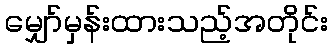
မျှော်မှန်းထားသည့်အတိုင်း